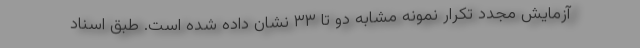
آزمایش مجدد تکرار نمونه مشابه دو تا ۳۳ نشان داده شده است. طبق اسناد